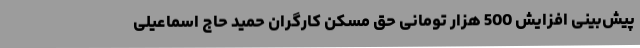
پیش‌بینی افزایش 500 هزار تومانی حق مسکن کارگران حمید حاج اسماعیلی